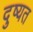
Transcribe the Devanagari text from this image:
दुष्यत